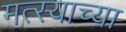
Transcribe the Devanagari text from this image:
मत्स्याच्या